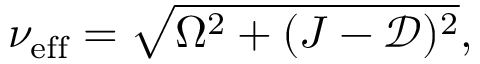
\nu _ { \mathrm { e f f } } = \sqrt { \Omega ^ { 2 } + ( J - \mathcal { D } ) ^ { 2 } } ,